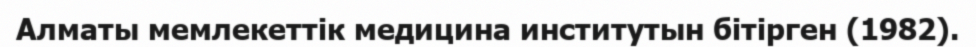
Алматы мемлекеттік медицина институтын бітірген (1982).